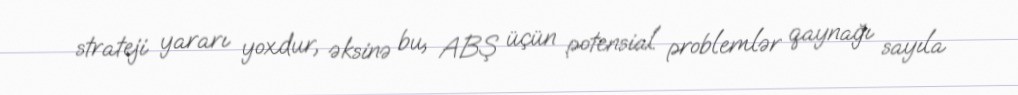
strateji yararı yoxdur, əksinə bu, ABŞ üçün potensial problemlər qaynağı sayıla